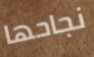
نجاحها